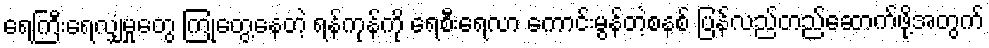
ရေကြီးရေလျှံမှုတွေ ကြုံတွေ့နေတဲ့ ရန်ကုန်ကို ရေစီးရေလာ ကောင်းမွန်တဲ့စနစ် ပြန်လည်တည်ဆောက်ဖို့အတွက်